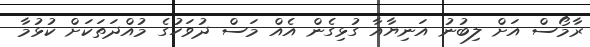
ރާމޯސް އަށް ލިބުނު އަނިޔާއާ ގުޅިގެން އެއް މަސް ދުވަހުގެ މުއްދަތަކަށް ކުޅުމާ